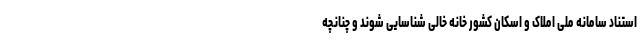
استناد سامانه ملی املاک و اسکان کشور خانه خالی شناسایی شوند و چنانچه